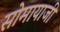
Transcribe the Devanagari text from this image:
सोमायाजी